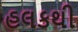
હલકથી